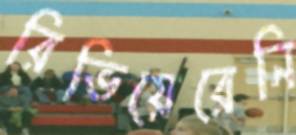
রিভিয়েরেনি